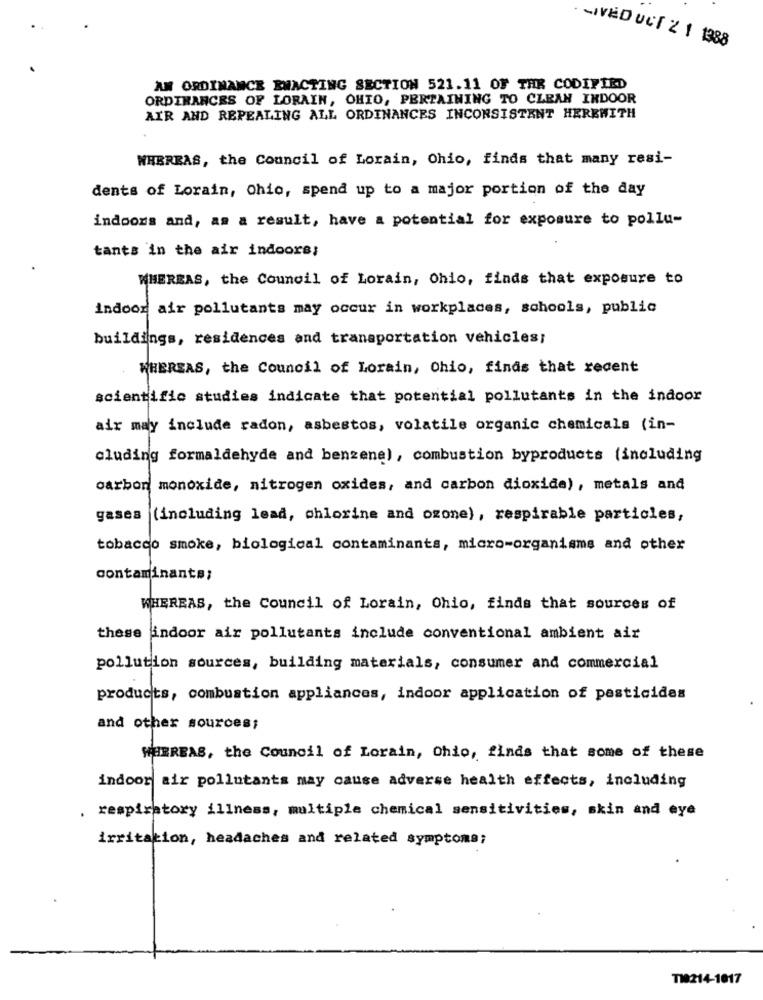
· - IVED UCT 2 1 1388
AN ORDINANCE RWACTING SECTION 521.11 OF THE CODIFIED
ORDINANCES OF LORAIN, OHIO, PERTAINING TO CLEAN INDOOR
AIR AND REPEALING ALL ORDINANCES INCONSISTANT HEREWITH
WHEREAS, the Council of Lorain, Ohio, finds that many resi-
dents of Lorain, Ohio, spend up to a major portion of the day
indoors and, as a result, have a potential for exposure to pollu-
tants in the air indoors;
WHEREAS, the Council of Lorain, Ohio, finds that exposure to
indoor air pollutants may occur in workplaces, schools, public
buildings, residences and transportation vehicles;
WHEREAS, the Council of Lorain, Ohio, finds that recent
scientific studies indicate that potential pollutants in the indoor
air may include radon, asbestos, volatile organic chemicals (in-
cluding formaldehyde and benzene), combustion byproducts (including
carbon
monoxide, nitrogen oxides, and carbon dioxide), metals and
gases
(including lead, chlorine and ozone), respirable particles,
tobacco smoke, biological contaminants, micro-organisms and other
contaminants;
WHEREAS, the Council of Lorain, Ohio, finds that sources of
these indoor air pollutants include conventional ambient air
pollution sources, building materials, consumer and commercial
products, combustion appliances, indoor application of pesticides
and other sources;
WHEREAS, the Council of Lorain, Ohio, finds that some of these
indoor air pollutants may cause adverse health effects, including
respiratory illness, multiple chemical sensitivities, skin and eye
irritation, headaches and related symptoms;
TI9214-1017